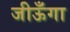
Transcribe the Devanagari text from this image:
जीऊँगा